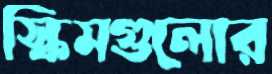
স্কিমগুলোর